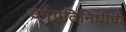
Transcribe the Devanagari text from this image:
वर्गप्रतिनिधीची